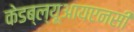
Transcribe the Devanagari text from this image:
केडब्ल्यूआयएनसी